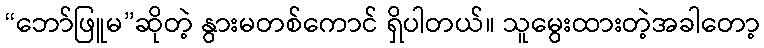
“ဘော်ဖြူမ”ဆိုတဲ့ နွားမတစ်ကောင် ရှိပါတယ်။ သူမွေးထားတဲ့အခါတော့